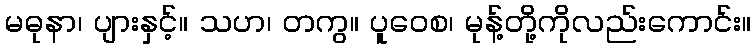
မဓုနာ၊ ပျားနှင့်။ သဟ၊ တကွ။ ပူဝေစ၊ မုန့်တို့ကိုလည်းကောင်း။